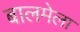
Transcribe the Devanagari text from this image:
बालमेला